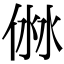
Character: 𠊥